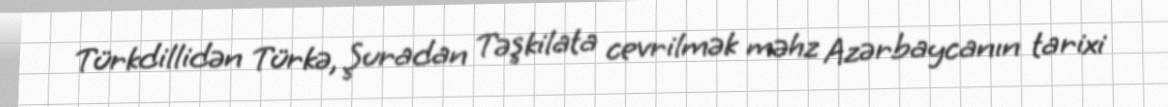
Türkdillidən Türkə, Şuradan Təşkilata cevrilmək məhz Azərbaycanın tarixi